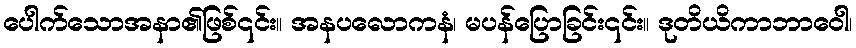
ပေါက်သောအနာ၏ဖြစ်၎င်း။ အနပလောကနံ၊ မပန်ပြောခြင်း၎င်း။ ဒုတိယိကာဘာဝေါ၊